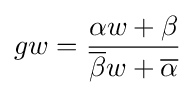
gw={\alpha w+\beta  \over {\overline {\beta }}w+{\overline {\alpha }}}